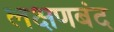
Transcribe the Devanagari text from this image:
लक्षणबंद